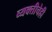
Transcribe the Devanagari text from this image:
व्यक्तीचेही